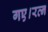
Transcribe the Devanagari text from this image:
गए।रत्न